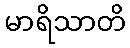
မာရိသာတိ